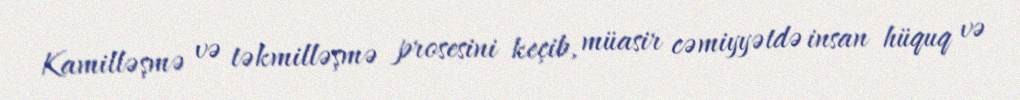
Kamilləşmə və təkmilləşmə prosesini keçib, müasir cəmiyyətdə insan hüquq və